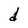
Character: d